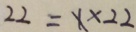
2 2 = x \times 2 2